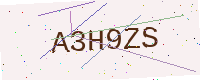
Text: A3H9ZS